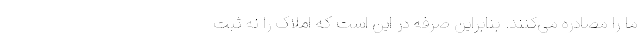
ما را مصادره می‌کنند. بنابراین صرفه در این است که املاک را نه ثبت